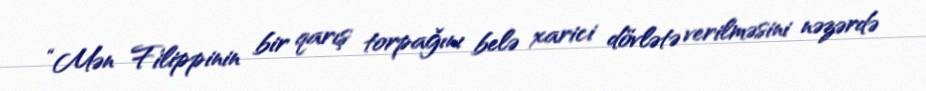
“Mən Filippinin bir qarış torpağını belə xarici dövlətə verilməsini nəzərdə